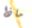
ماذا